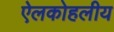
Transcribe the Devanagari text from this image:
ऐलकोहलीय